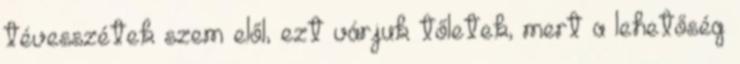
tévesszétek szem elől, ezt várjuk tőletek, mert a lehetőség